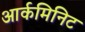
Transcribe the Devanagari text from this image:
आर्कमिनिट